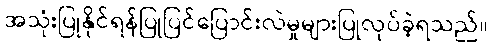
အသုံးပြုနိုင်ရန်ပြုပြင်ပြောင်းလဲမှုများပြုလုပ်ခဲ့ရသည်။